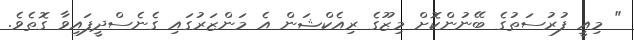
" މިއީ ފުރުސަތުގެ ބޭނުންކޮށް މިޒޫގެ ރިއެކްޝަން އެ މަންޒަރުގައި ގެނެސްދީފައިވާ ގޮތެވެ.